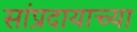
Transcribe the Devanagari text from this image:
सांप्रदायाच्या